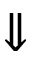
\Downarrow